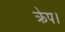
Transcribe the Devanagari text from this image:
क्रेप।